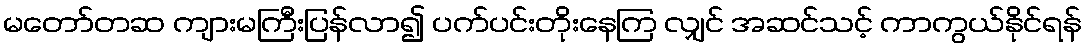
မတော်တဆ ကျားမကြီးပြန်လာ၍ ပက်ပင်းတိုးနေကြ လျှင် အဆင်သင့် ကာကွယ်နိုင်ရန်